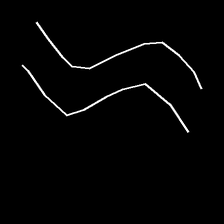
Glyph: float